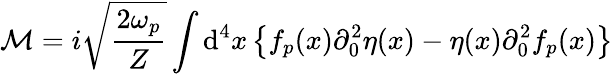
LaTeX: {\mathcal{M}}=i{\sqrt{\frac{2\omega_{p}}{Z}}}\int\mathrm{d}^{4}x\left\{ f_{p}(x)\partial_{0}^{2}\eta(x)-\eta(x)\partial_{0}^{2}f_{p}(x)\right\}